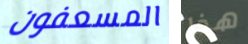
المسعفون هذا